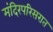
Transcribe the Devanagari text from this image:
मंदिरपरिसरात